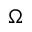
\Omega